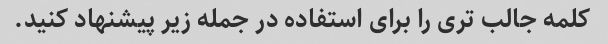
کلمه جالب تری را برای استفاده در جمله زیر پیشنهاد کنید.